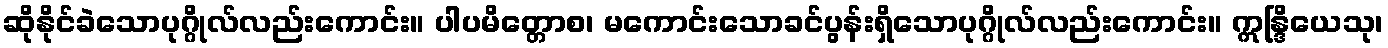
ဆိုနိုင်ခဲသောပုဂ္ဂိုလ်လည်းကောင်း။ ပါပမိတ္တောစ၊ မကောင်းသောခင်ပွန်းရှိသောပုဂ္ဂိုလ်လည်းကောင်း။ ဣန္ဒြိယေသု၊